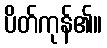
ပိတ်ကုန်၏။